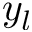
y _ { l }